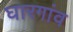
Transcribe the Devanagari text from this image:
घारगांव